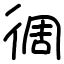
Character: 徟